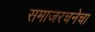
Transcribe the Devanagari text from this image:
समाजरचनेचा